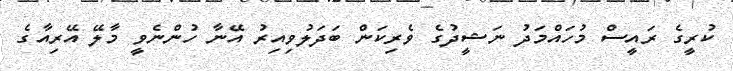
ކުރީގެ ރައީސް މުހައްމަދު ނަޝީދުގެ ވެރިކަން ބަދަލުވިއިރު އޭނާ ހުންނެވީ މާލޭ އޭރިއާގެ